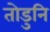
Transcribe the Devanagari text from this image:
तोडुनि